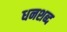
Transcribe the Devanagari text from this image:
धनशब्द